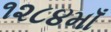
૧૨૮૪માઁ